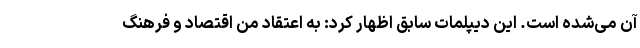
آن می‌شده است. این دیپلمات سابق اظهار کرد: به اعتقاد من اقتصاد و فرهنگ